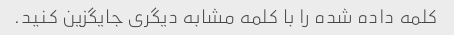
کلمه داده شده را با کلمه مشابه دیگری جایگزین کنید.